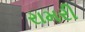
રામરી